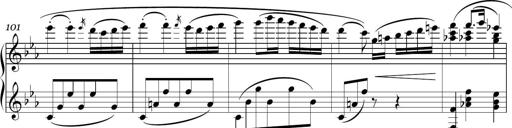
Title: Sonatina in E minor
Composer: Shuwen Zhang
Key: E minor